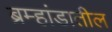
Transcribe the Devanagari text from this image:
ब्रम्हांडातील